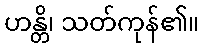
ဟန္တိ၊ သတ်ကုန်၏။